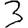
Digit: 3